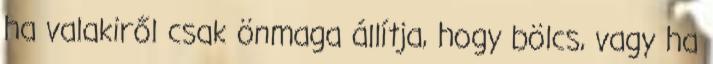
ha valakiről csak önmaga állítja, hogy bölcs, vagy ha